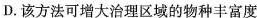
D.该方法可增大治理区域的物种丰富度